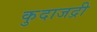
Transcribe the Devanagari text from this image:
कुदाजद्री